Anatomy and histology of ticks - Number 23
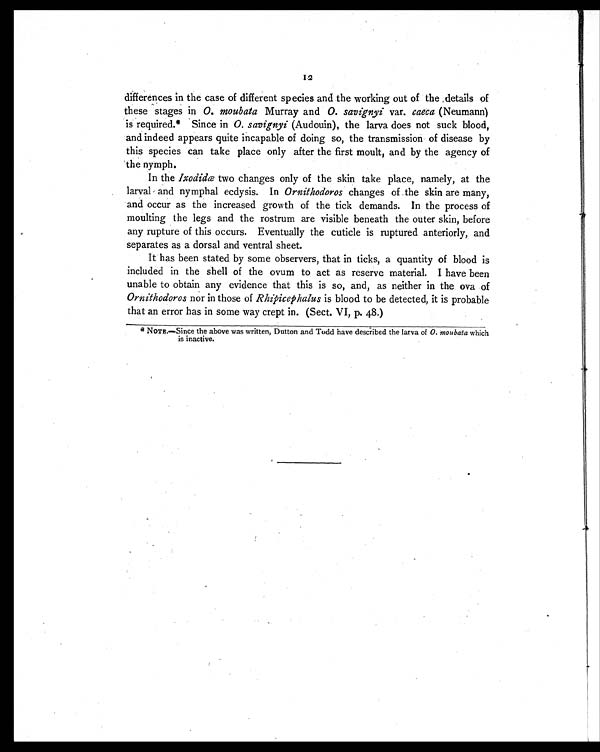
12
differences in the case of different species and the working out of the details of
these stages in O. moubata Murray and O. savignyi var. caeca (Neumann)
is required.* Since in O. savignyi (Audouin), the larva does not suck blood,
and indeed appears quite incapable of doing so, the transmission of disease by
this species can take place only after the first moult, and by the agency of
the nymph.
In the Ixodidæ two changes only of the skin take place, namely, at the
larval and nymphal ecdysis. In Ornithodoros changes of the skin are many,
and occur as the increased growth of the tick demands. In the process of
moulting the legs and the rostrum are visible beneath the outer skin, before
any rupture of this occurs. Eventually the cuticle is ruptured anteriorly, and
separates as a dorsal and ventral sheet.
It has been stated by some observers, that in ticks, a quantity of blood is
included in the shell of the ovum to act as reserve material. I have been
unable to obtain any evidence that this is so, and, as neither in the ova of
Ornithodoros nor in those of Rhipicephalus is blood to be detected, it is probable
that an error has in some way crept in. (Sect. VI, p. 48.)
* NOTE.—Since the above was written, Dutton and Todd have described the larva of O. moubata which
is inactive.